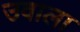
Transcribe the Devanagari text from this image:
उवाला